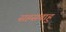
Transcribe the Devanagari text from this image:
सहसबाहु